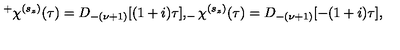
^ { + } \chi ^ { ( s _ { z } ) } ( \tau ) = D _ { - ( \nu + 1 ) } [ ( 1 + i ) \tau ] , _ { - } \chi ^ { ( s _ { z } ) } ( \tau ) = D _ { - ( \nu + 1 ) } [ - ( 1 + i ) \tau ] ,